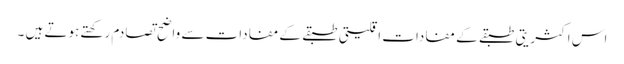
اس اکثریتی طبقے کے مفادات اقلیتی طبقے کے مفادات سے واضح تصادم رکھتے ہوتے ہیں ۔